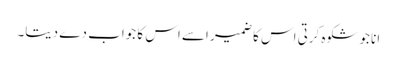
انا جو شکوہ کرتی اس کا ضمیر اسے اس کا جواب دے دیتا۔